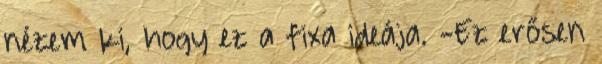
nézem ki, hogy ez a fixa ideája. -Ez erősen